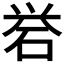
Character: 𪿝